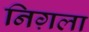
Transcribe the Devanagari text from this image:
निग़ला